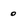
Character: 0